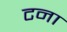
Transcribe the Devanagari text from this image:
टना